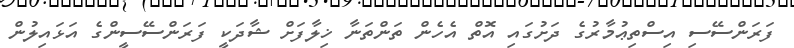
ފަރަންސޭސި އިސްތިޢުމާރުގެ ދަށުގައި އޮތް އެހެން ތަންތަނާ ޚިލާފަށް ޝާދަކީ ފަރަންސޭސީންގެ އަޅައިލުން